Vaccine operations Central Provinces 1900-1911 - 1900-1911
Year: 1900
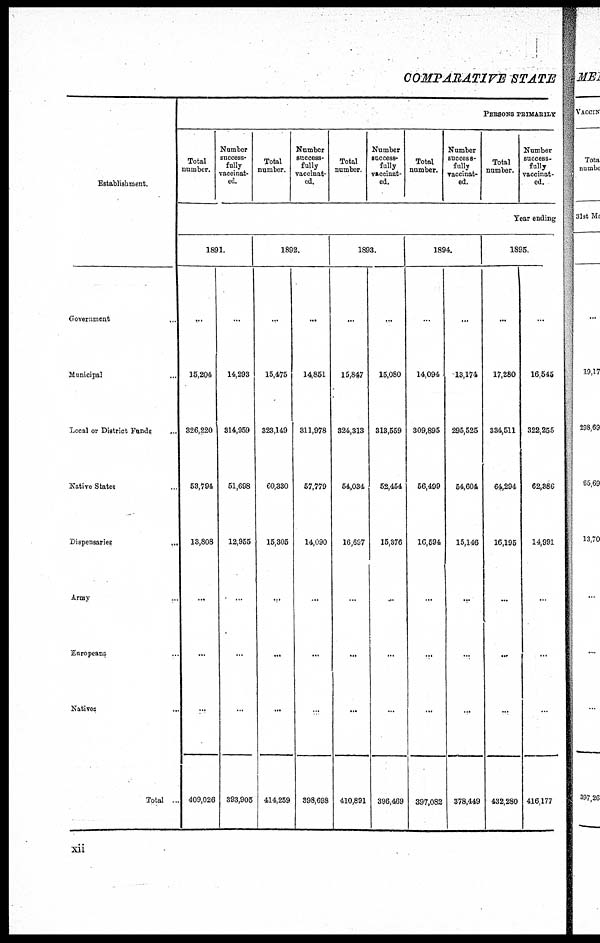
COMPARATIVE STATE
Establishment.
Government
Municipal ...
Local or District Funds.
...
Native States ...
Dispensaries
...
Army
Europeans ...
Natives ...
Total ..
PERSONS PRIMARLY
Total
number.
Number
success¬
fully
vaccinat¬
ed.
Total
number.
Number
success-
fully
vaccinat-
ed.
Total
number.
Number
success-
fully
vaccinat-
ed.
Total
number.
Number
success-
fully
vaccinat-
ed.
Total
number.
Number
success-
fully
vaccinat-
ed.
Year ending
1891.
...
15,204
326,220
53,794
13,808
...
...
...
409,026
...
14,293
314,959
51,698
12,955
...
...
...
393,905
1892.
...
15,475
323,149
60,330
15,305
...
...
...
414,259
...
14,851
311,978
57,779
14,090
...
...
...
898,698
1893.
...
15,847
324,313
54,034
16,697
...
...
...
410,891
...
15,080
313,559
52,454
15,376
...
...
...
396,469
1894.
...
14,094
309,895
56,499
16,594
...
...
...
397,082
...
13,174
295,525
54,604
15,146
...
...
...
378,449
1895.
...
17,280
334,511
64,294
16,195
...
...
...
432,280
...
16,545
322,255
62,386
14,991
...
...
...
416,177
xii